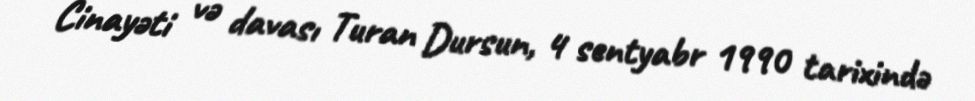
Cinayəti və davası Turan Dursun, 4 sentyabr 1990 tarixində